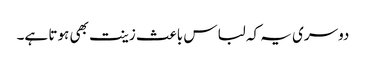
دوسری یہ کہ لباس باعث زینت بھی ہوتا ہے۔